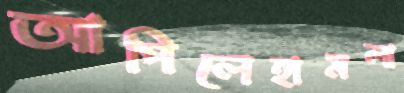
আপিলেহামলা